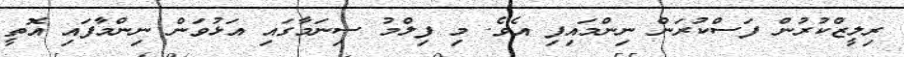
ރިލީޒްކުރުން ފަސްކުރަން ނިންމައިފި އެވެ. މި ފިލްމު ސިނަމާގައި އަޅުވަން ނިންމާފައި އޮތީ